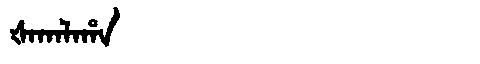
Manchu: ᡧᠠᡴᠠᠯᠠᡥᠠ
Romanization: ŠAKALAHA